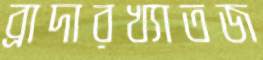
ব্রাদারখ্যাতজ